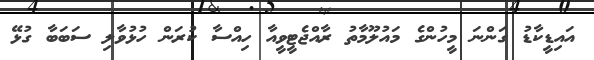
އައިޑީކާޑު ގަންނަ މީހުންގެ މައުލޫމާތު ރާއްޖެޓީވީއާ ހިއްސާ ކުރަން ހުޅުވާލި ސަބަބާ ގުޅޭ